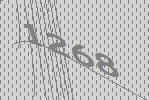
1268